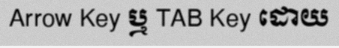
Arrow Key ឬ TAB Key ដោយ